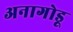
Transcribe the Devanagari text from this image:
अनागोडू